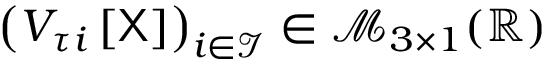
\left( V _ { \tau i } \left[ \mathsf { X } \right] \right) _ { i \in \mathcal { I } } \in \mathcal { M } _ { 3 \times 1 } ( \mathbb { R } )